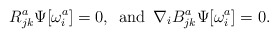
\begin{align*}R^{a}_{jk} \Psi[\omega^{a}_{i}] = 0,\enspace \mbox{and}\enspace \nabla_{i} B^{a}_{jk} \Psi[\omega^{a}_{i}] = 0.\end{align*}